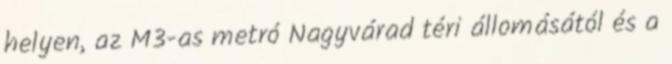
helyen, az M3-as metró Nagyvárad téri állomásától és a